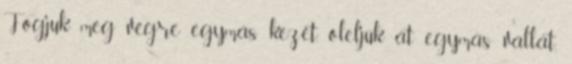
Fogjuk meg végre egymás kezét, öleljük át egymás vállát,